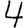
Digit: 4